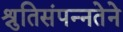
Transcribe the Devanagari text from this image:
श्रुतिसंपन्नतेने